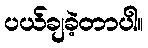
ပယ်ချခဲ့တာပါ။